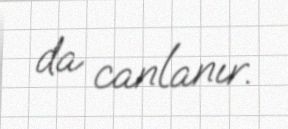
da canlanır.